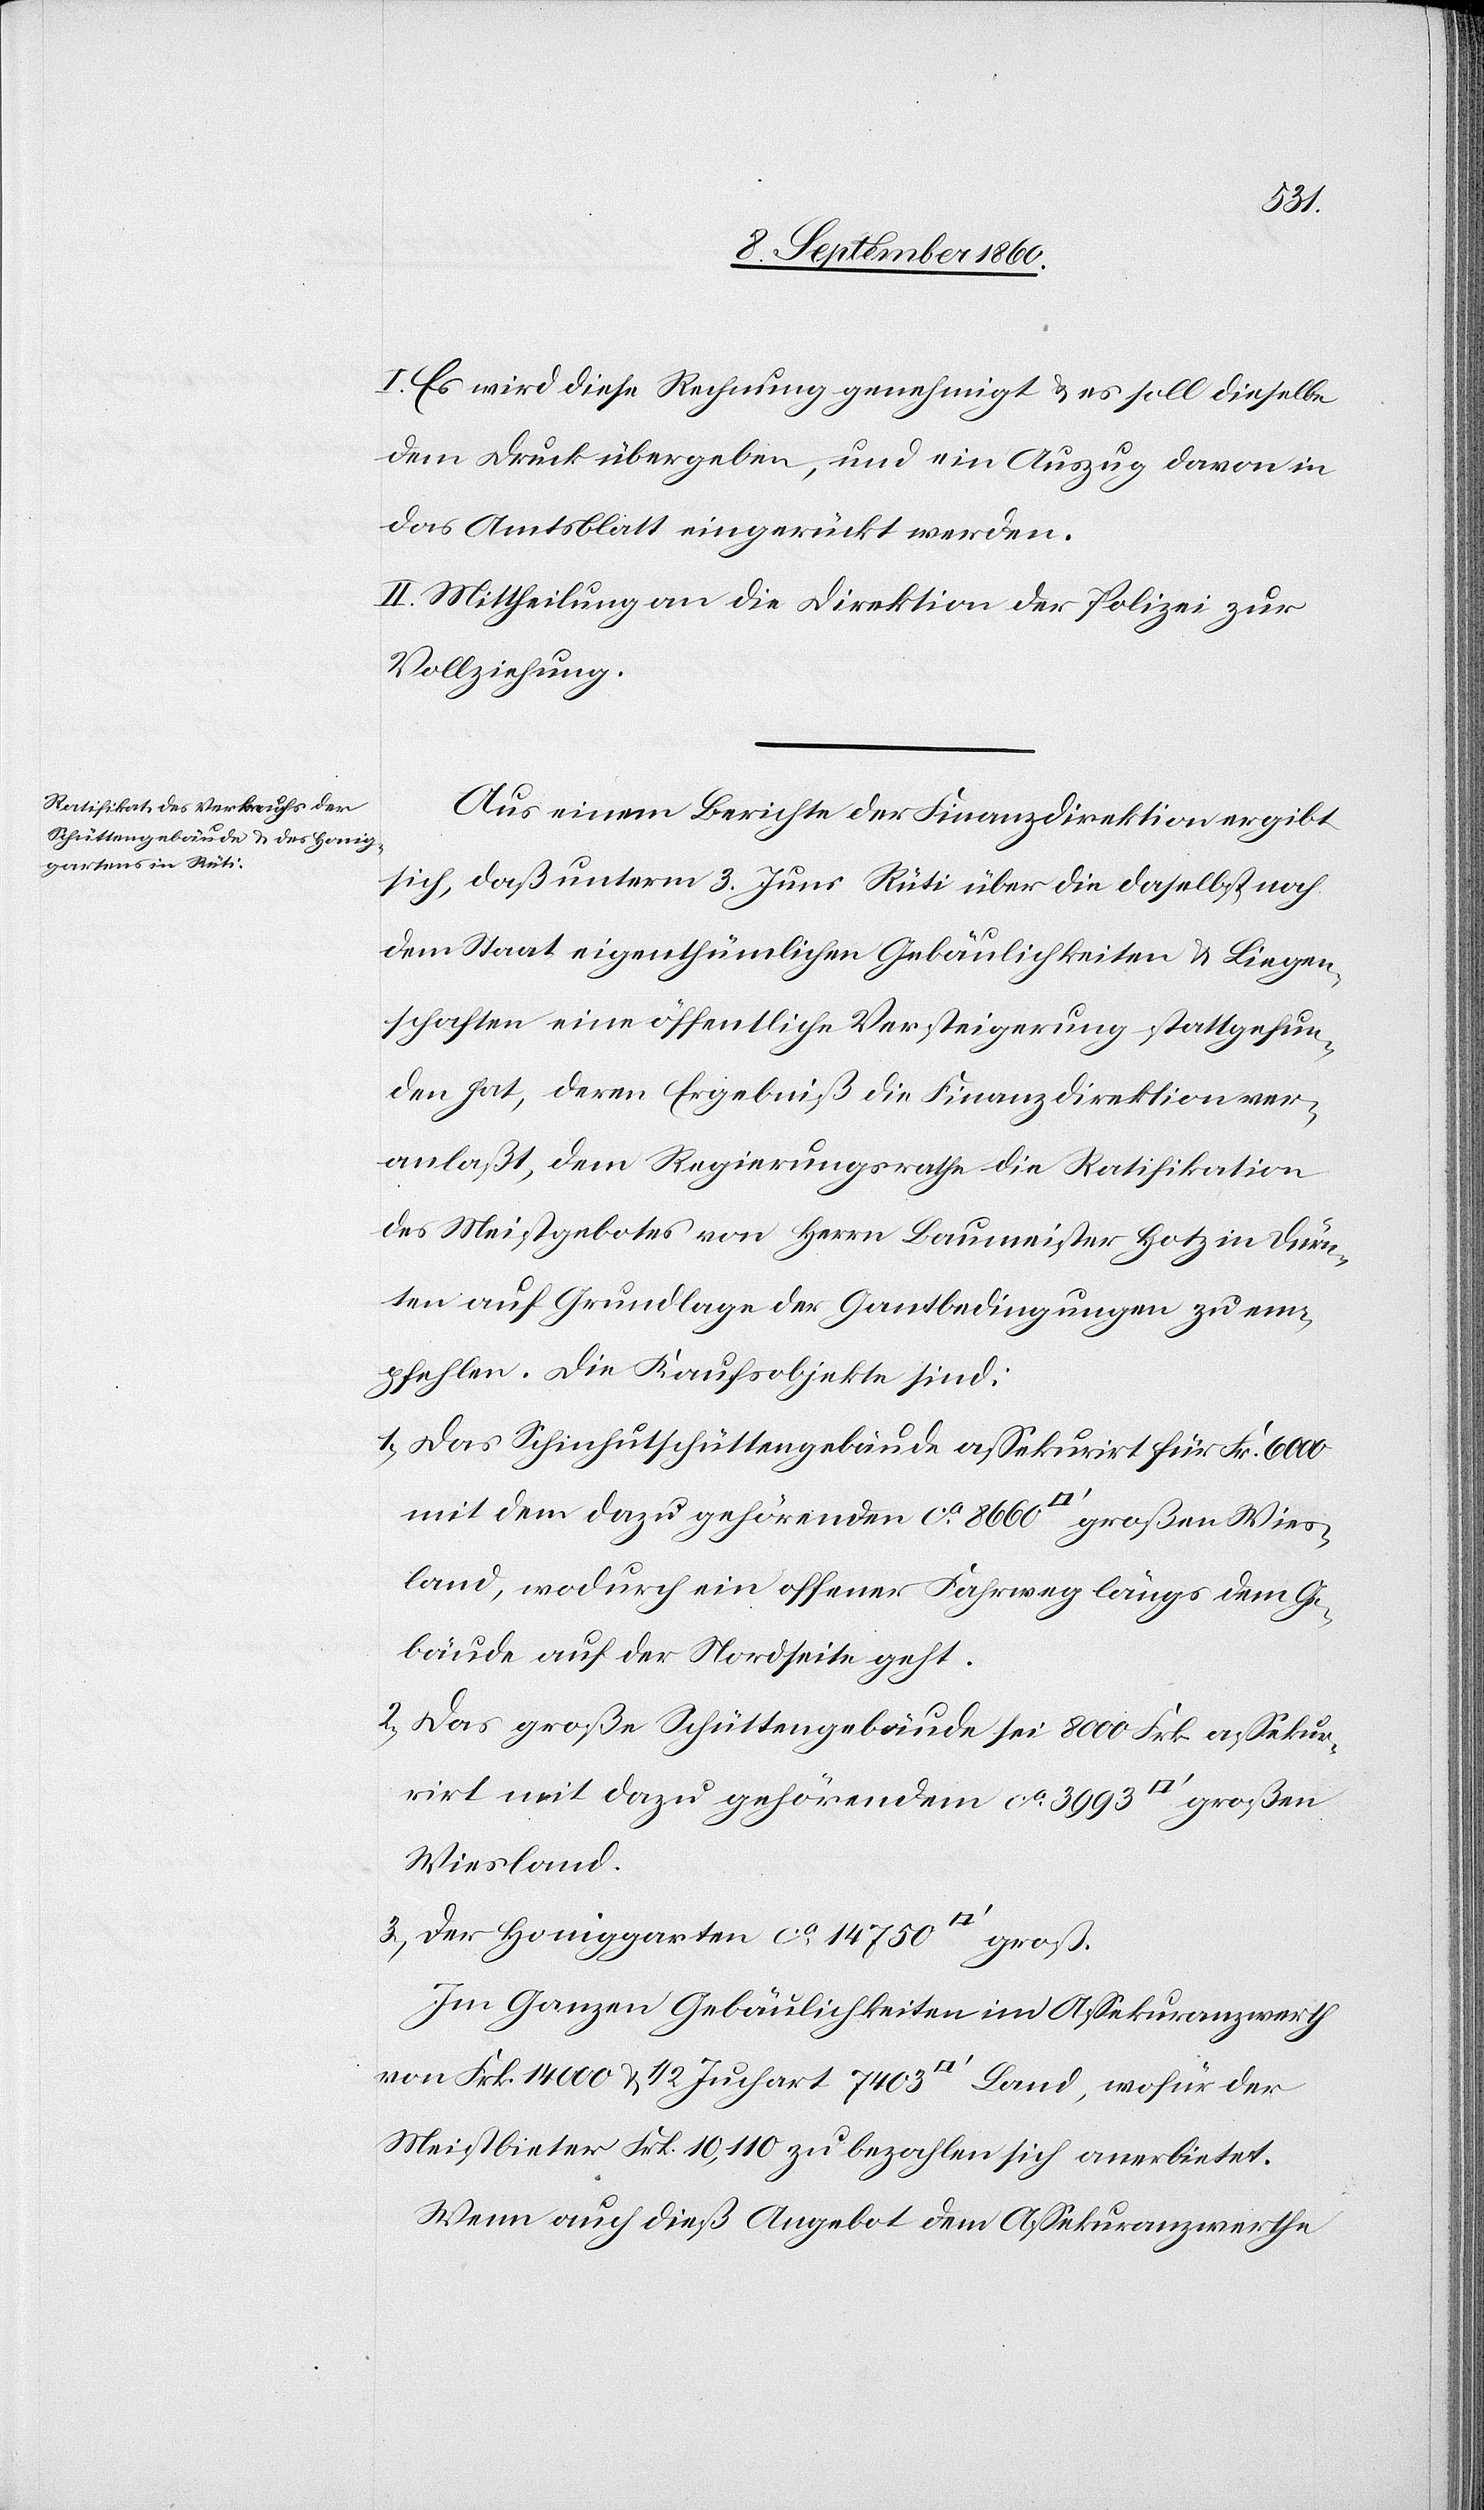
uss].
I. Es wird diese Rechnung genehmigt u. es soll dieselbe
dem Druck übergeben, auch ein Auszug davon in
das Amtsblatt eingerückt werden.
II. Mittheilung an die Direktion der Polizei zur
Vollziehung.
Aus einem Berichte der Finanzdirektion ergibt
sich, dass unterm 3. diess in Rüti über die Daselbst noch
dem Staat eigenthümlichen Gebäulichkeiten u. Liegen¬
schaften eine öffentliche Versteigerung statt gefun¬
den hat, deren Ergebniss die Finanzdirektion ver¬
anlasst dem Regierungsrathe die Ratifikation
des Meistgebotes von Herrn Baumeister Hotz in Dürn¬
ten auf Grundlage der Gantbedingung zu em¬
pfehlen. Die Kaufsobjekte sind:
1) Das Schinhutschüttengebäude assekurrirt für fcs. 6000
mit dem dazu gehörenden ca 8660 [Quadratfuss] grossen Wies¬
land, wodurch ein offener Fahrweg längs dem Ge¬
bäude auf der Nordseite geht.
2) Das Grosse Schüttengebäude sei fcs. 800 assekur¬
rirt mit dazu gehörendem ca 3993 [Quadratfuss] grossen
Wiesland.
3) Der Honiggarten, ca 14,750 [Quadratf¬
Im Ganzen Gebäulichkeiten im Assekuranzwerthe
von fcs. 14 000 u. 1/2 Juchart 7403 [Quadratfuss] Land, wofür der
Meistbieter fcs. 10,110 zu bezahlen sich anerbietet.
Wenn auch diess Angebot dem Assekuranzwerthe